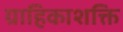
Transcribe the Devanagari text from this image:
ग्राहिकाशक्ति